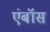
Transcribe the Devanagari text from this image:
एंबॉस